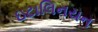
ઇટાલિનયન